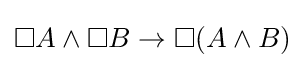
\Box A\land \Box B\to \Box (A\land B)